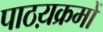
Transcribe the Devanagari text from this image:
पाठय़क्रमों